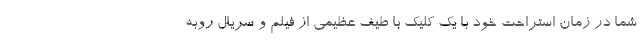
شما در زمان استراحت خود با یک کلیک با طیف عظیمی از فیلم و سریال روبه